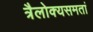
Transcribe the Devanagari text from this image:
त्रैलोक्यसमतां